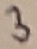
Text: 3